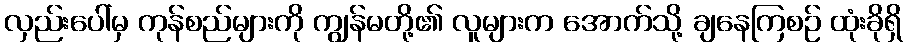
လှည်းပေါ်မှ ကုန်စည်များကို ကျွန်မတို့၏ လူများက အောက်သို့ ချနေကြစဉ် ထုံးခိုရှိ